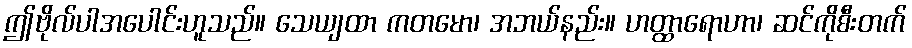
ဤဗိုလ်ပါအပေါင်းဟူသည်။ သေယျထာ ကတမော၊ အဘယ်နည်း။ ဟတ္ထာရောဟာ၊ ဆင်ကိုစီးတက်